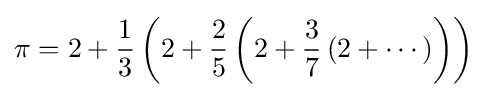
\pi =2+{\frac {1}{3}}\left(2+{\frac {2}{5}}\left(2+{\frac {3}{7}}\left(2+\cdots \right)\right)\right)